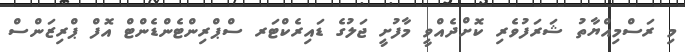
މި ރަސްމިއްޔާތު ޝަރަފުވެރި ކޮށްދެއްވީ މާފުށީ ޖަލުގެ ޑައިރެކްޓަރ ސްޕްރިންޓެންޑެންޓް އޮފް ޕްރިޒަންސް